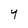
Character: y